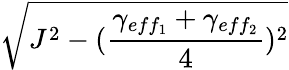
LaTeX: \sqrt{J^{2}-(\frac{\gamma_{eff_{1}}+\gamma_{eff_{2}}}{4})^{2}}